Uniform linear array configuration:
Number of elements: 4
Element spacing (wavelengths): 0.5
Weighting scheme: hann
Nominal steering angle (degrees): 45
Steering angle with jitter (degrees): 45.581
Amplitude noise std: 0.05
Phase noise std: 0.05

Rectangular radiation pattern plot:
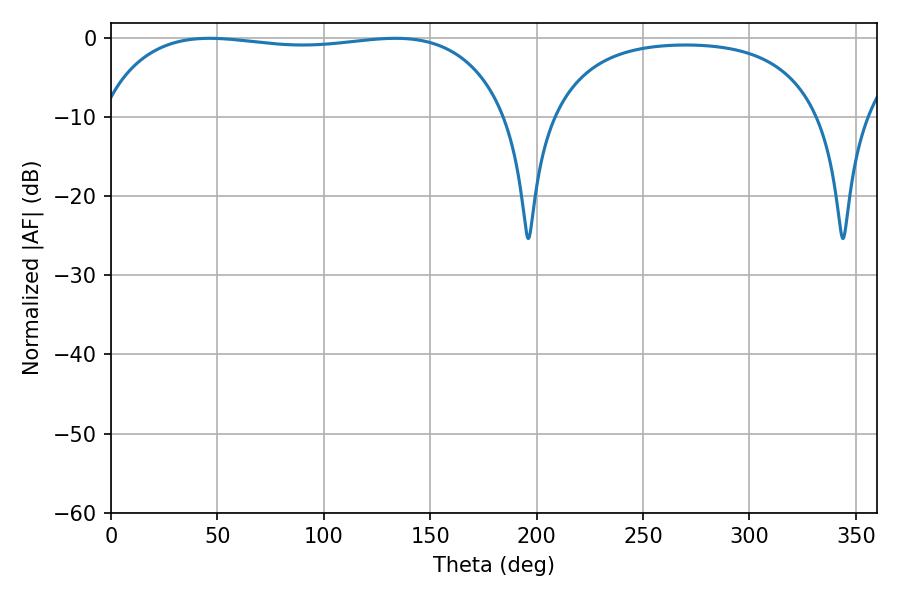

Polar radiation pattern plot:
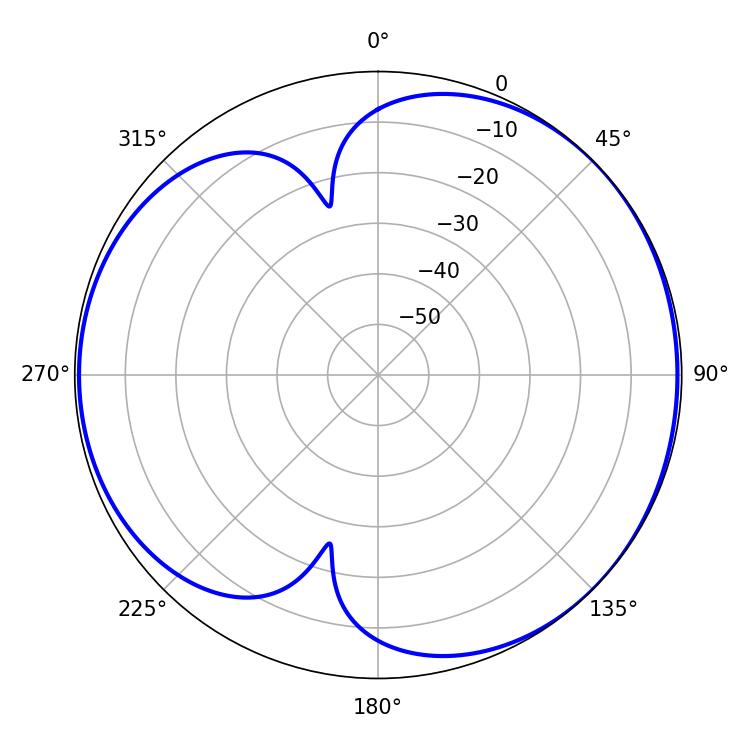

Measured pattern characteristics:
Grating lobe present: FALSE
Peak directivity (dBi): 4.676
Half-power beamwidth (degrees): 154.08
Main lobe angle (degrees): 46.26